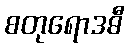
စတုရောဒဓီ